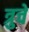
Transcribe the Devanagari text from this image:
त्रुचे